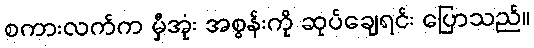
စကားလက်က မှီအုံး အစွန်းကို ဆုပ်ချေရင်း ပြောသည်။